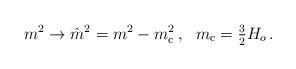
LaTeX: \begin{align*}m^2\to \hat{m}^2=m^2-m_{\rm c}^2\,,~~ m_{\rm c}={\textstyle{3\over2}}H_o\,.\end{align*}